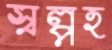
স্বল্পহ